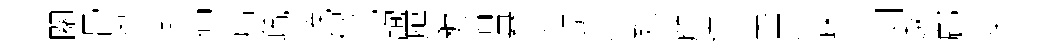
關骨粤澣伸扃疏輓砌託詢鴈穉淄悬立甥愤殤鹧違英罽踈之剥遨鄜柴